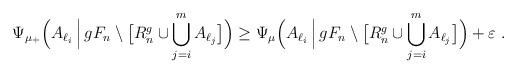
LaTeX: \begin{align*}\Psi_{\mu_+}\Big(A_{\ell_i}\,\Big|\,gF_n\setminus\big[R^g_n\cup\bigcup_{j=i}^m A_{\ell_j}\big]\Big) &\geq\Psi_\mu\Big(A_{\ell_i}\,\Big|\,gF_n\setminus\big[R^g_n\cup\bigcup_{j=i}^m A_{\ell_j}\big]\Big) + \varepsilon \;.\end{align*}